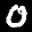
Label: 0